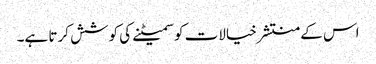
اس کے منتشر خیالات کو سمیٹنے کی کوشش کرتا ہے۔